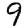
Digit: 9